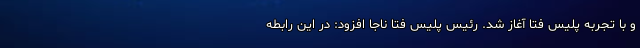
و با تجربه پلیس فتا آغاز شد. رئیس پلیس فتا ناجا افزود: در این رابطه